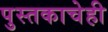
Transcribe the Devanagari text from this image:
पुस्तकाचेही